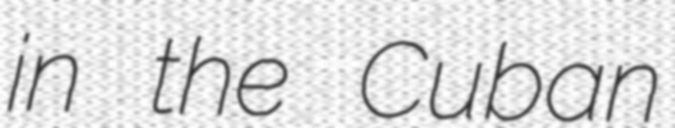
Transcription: in the Cuban